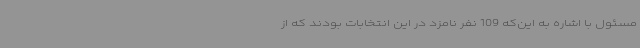
مسئول با اشاره به این‌که 109 نفر نامزد در این انتخابات بودند که از